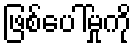
ဖြစ်ပေါ်မှုကို